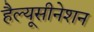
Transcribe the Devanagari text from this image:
हैल्यूसीनेशन